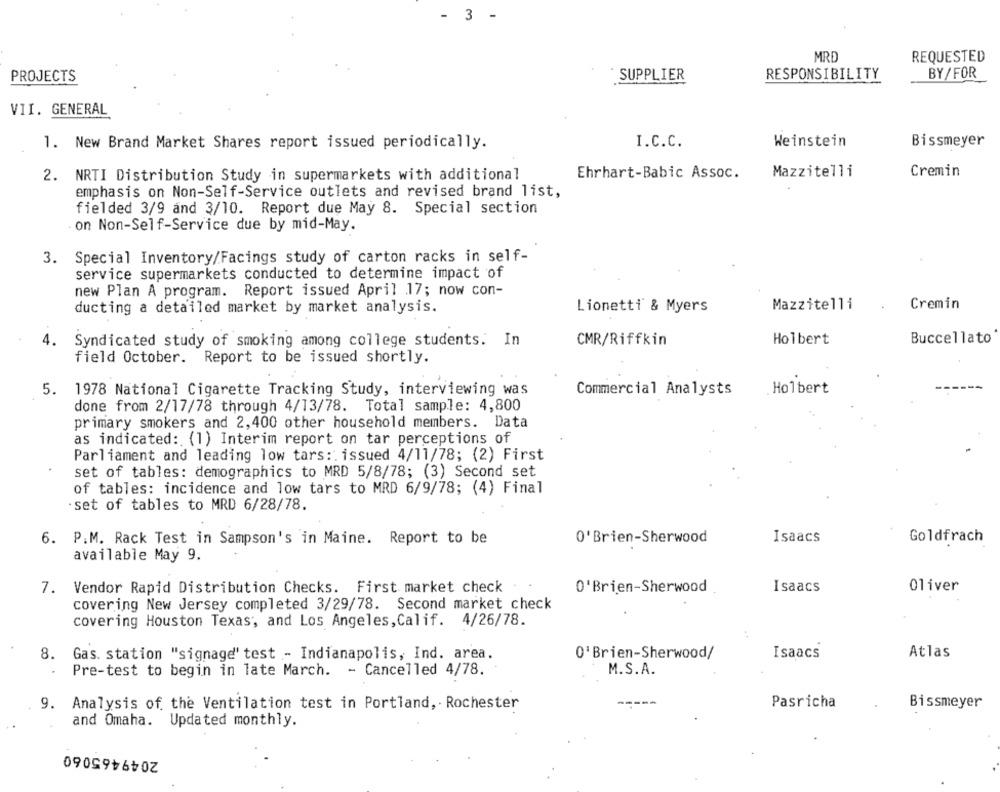
-
3
-
MRE
REQUESTED
PROJECTS
SUPPLIER
RESPONSIBILITY
BY/FOR
VII. GENERAL
I.C.C.
Weinstein
Bissmeyer
1. New Brand Market Shares report issued periodically.
Ehrhart-Babic Assoc.
Mazzitelli
Cremin
2. NRTI Distribution Study in supermarkets with additional
emphasis on Non-Self-Service outlets and revised brand list,
fielded 3/9 and 3/10. Report due May 8. Special section
on Non-Self-Service due by mid-May.
3. Special Inventory/Facings study of carton racks in self-
service supermarkets conducted to determine impact of
new Plan A program. Report issued April 17; now con-
ducting a detailed market by market analysis.
Lionetti & Myers
Mazzitelli
Cremin
4.
Syndicated study of smoking among college students. In
CMR/Riffkin
Holbert
Buccellato
field October. Report to be issued shortly.
5. 1978 National Cigarette Tracking Study, interviewing was
Commercial Analysts
Holbert
done from 2/17/78 through 4/13/78. Total sample: 4,800
primary smokers and 2,400 other household members. Data
as indicated: (1) Interim report on tar perceptions of
Parliament and leading low tars: issued 4/11/78; (2) First
set of tables: demographics to MRD 5/8/78; (3) Second set
of tables: incidence and low tars to MRD 6/9/78; (4) Final
· set of tables to MRD 6/28/78.
O'Brien-Sherwood
Isaacs
Goldfrach
6. P.M. Rack Test in Sampson's in Maine. Report to be
available May 9.
Oliver
7. Vendor Rapid Distribution Checks. First market check
O'Brien-Sherwood
Isaacs
covering New Jersey completed 3/29/78. Second market check
covering Houston Texas, and Los Angeles, Calif. 4/26/78.
8. Gas. station "signage' test - Indianapolis, Ind. area.
0'Brien-Sherwood/
Isaacs
Atlas
.
Pre-test to begin in late March. - Cancelled 4/78.
M.S.A.
9. Analysis of the Ventilation test in Portland, Rochester
Pasricha
Bissmeyer
and Omaha. Updated monthly.
2049465060